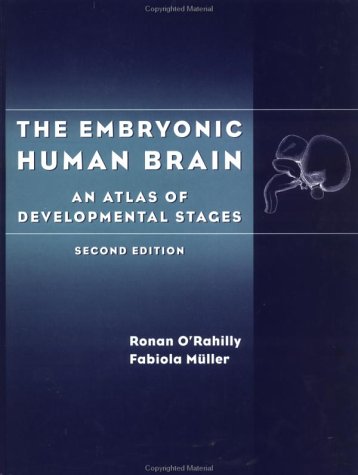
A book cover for The Embryonic Human Brain: An Atlas of Developmental Stages; Ronan R. O'Rahilly; Medical Books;